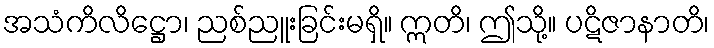
အသံကိလိဋ္ဌော၊ ညစ်ညူးခြင်းမရှိ။ ဣတိ၊ ဤသို့။ ပဋိဇာနာတိ၊